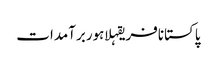
پاکستانافریقہلاہوربرآمدات